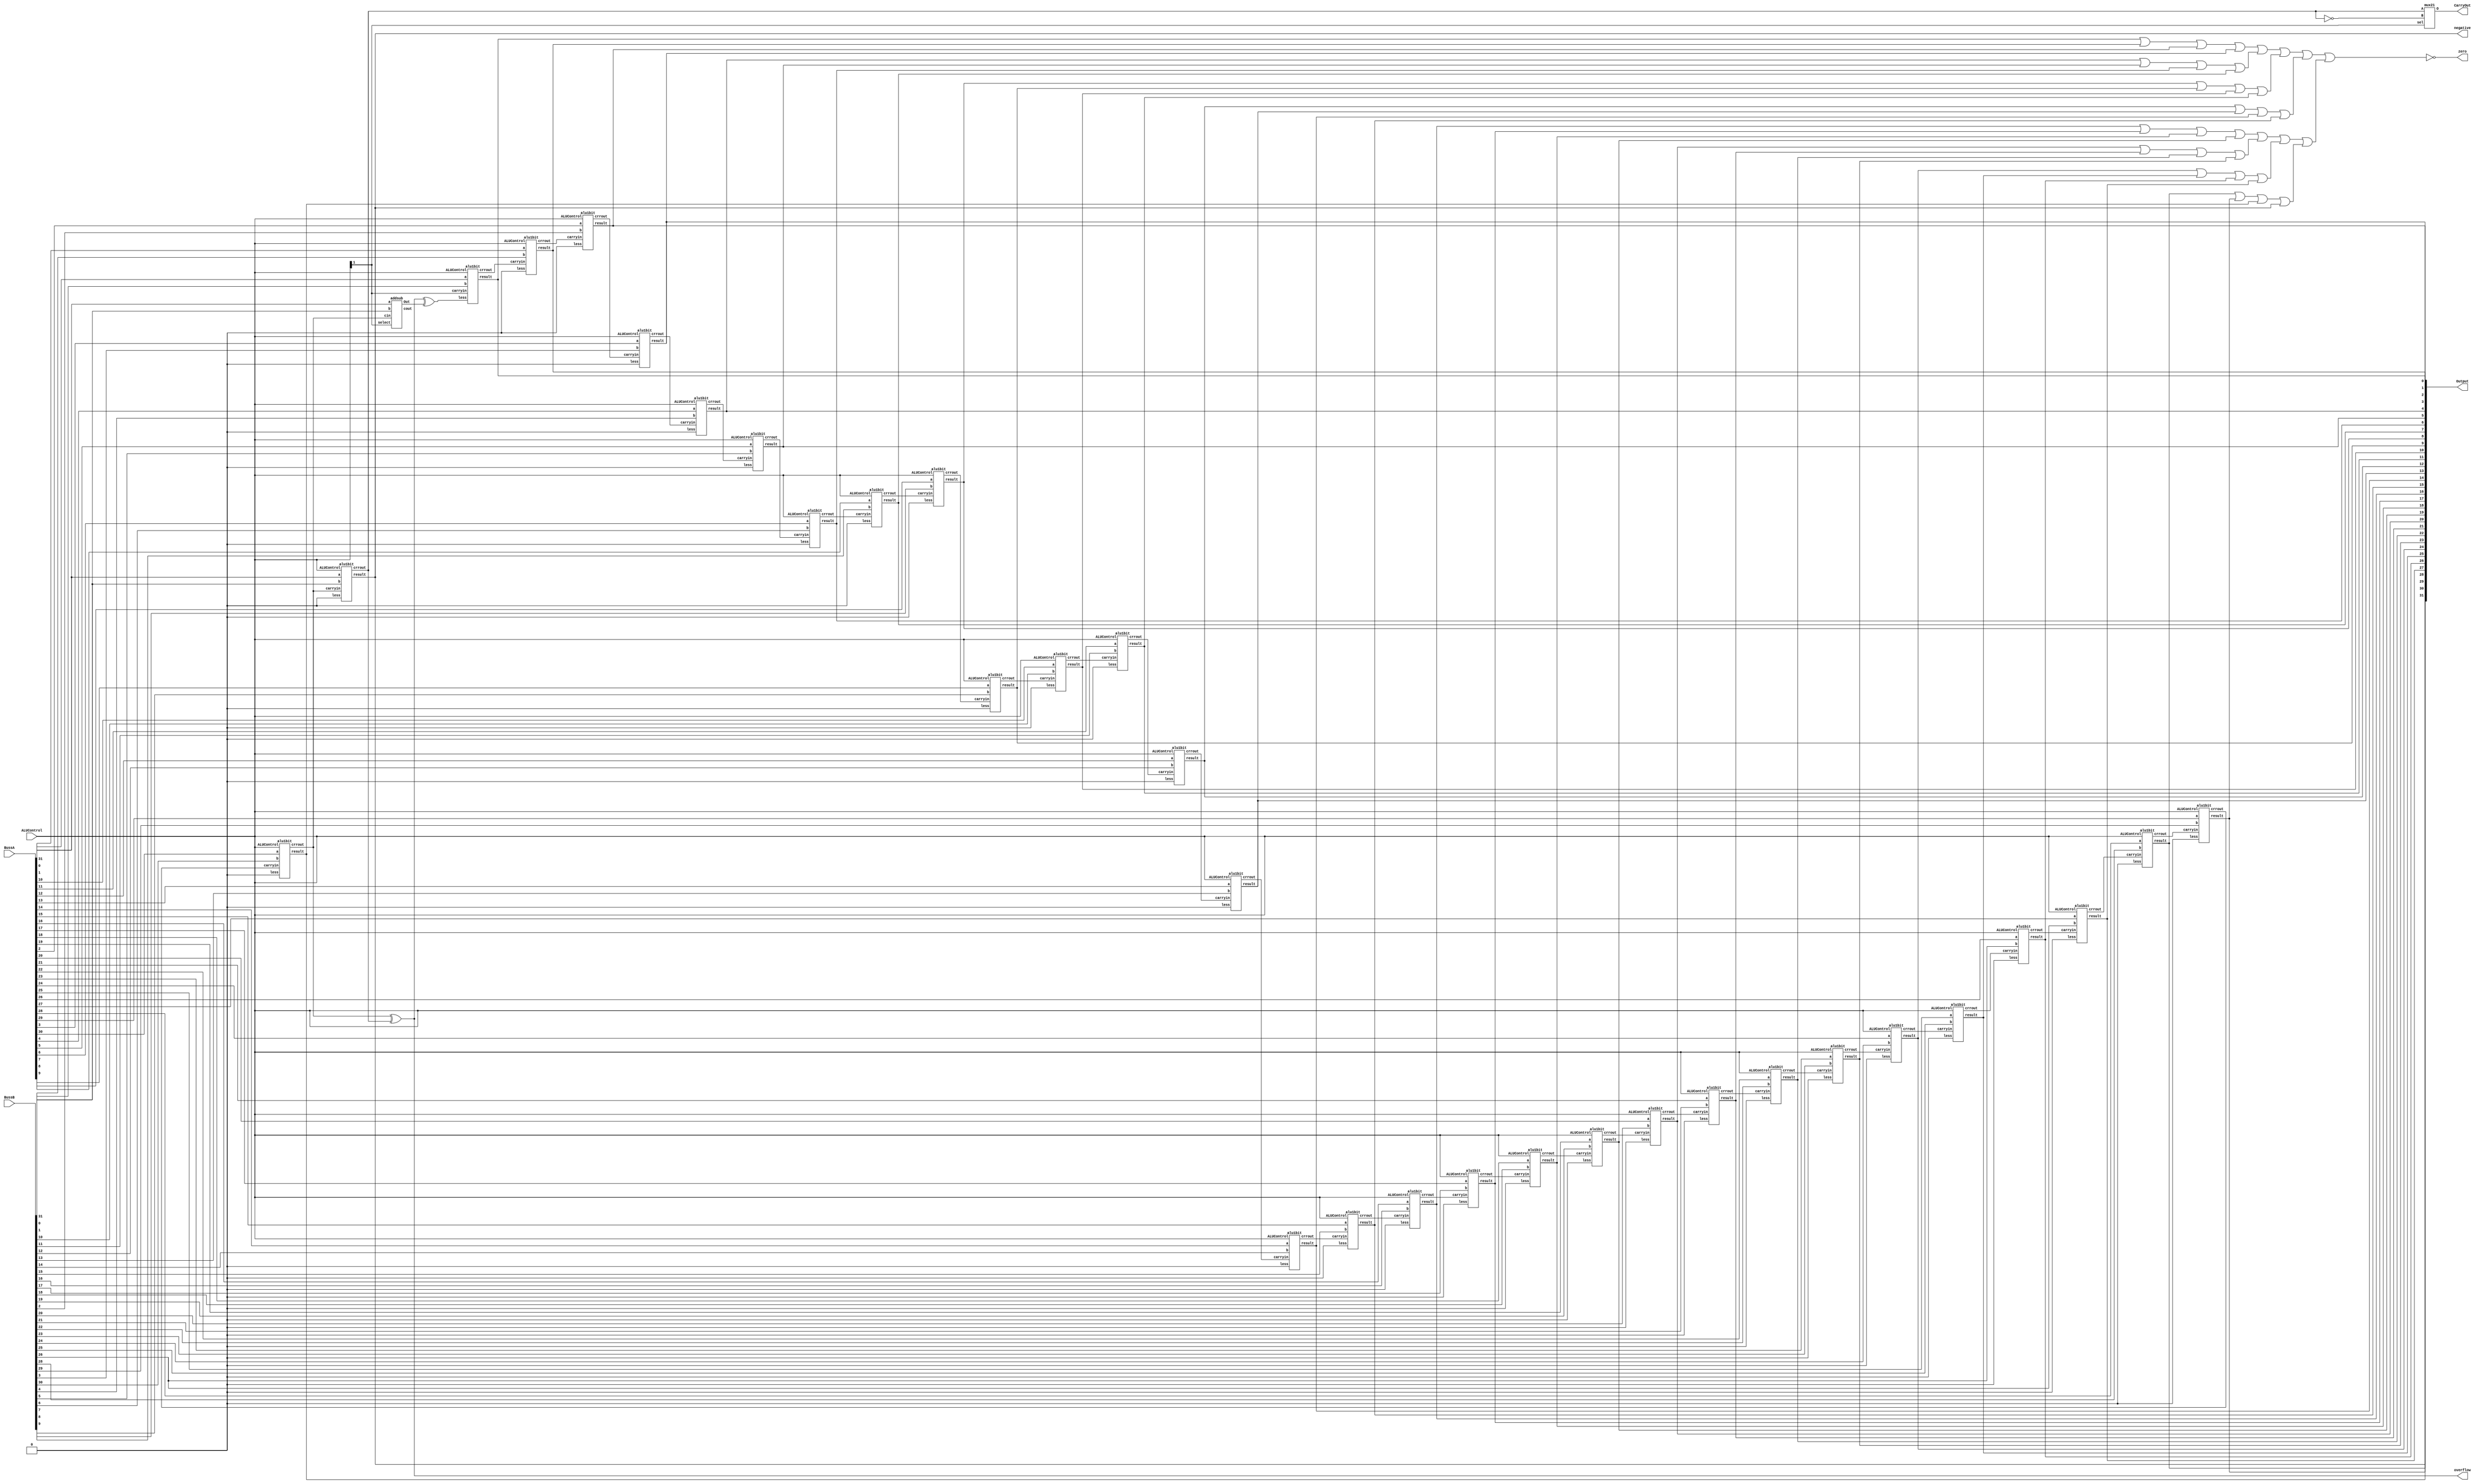
`timescale 1 ps / 100 fs
// FPGA projects, Verilog Projects, VHDL projects
// Verilog project: 32-bit 5-stage Pipelined MIPS Processor in Verilog 
// Verilog code for ALU
module alu(Output, CarryOut, zero, overflow, negative, BussA, BussB, ALUControl);
output CarryOut,overflow,negative,zero;
output [31:0] Output;
input [31:0] BussA,BussB;
input [1:0] ALUControl;
wire lessthan;
wire [31:0] crrout;

alu1bit alu0(Output[0],crrout[0],BussA[0],BussB[0],ALUControl[1],lessthan,ALUControl);
alu1bit alu1(Output[1],crrout[1],BussA[1],BussB[1],crrout[0],1'b0,ALUControl);
alu1bit alu2(Output[2],crrout[2],BussA[2],BussB[2],crrout[1],1'b0,ALUControl);
alu1bit alu3(Output[3],crrout[3],BussA[3],BussB[3],crrout[2],1'b0,ALUControl);
alu1bit alu4(Output[4],crrout[4],BussA[4],BussB[4],crrout[3],1'b0,ALUControl);
alu1bit alu5(Output[5],crrout[5],BussA[5],BussB[5],crrout[4],1'b0,ALUControl);
alu1bit alu6(Output[6],crrout[6],BussA[6],BussB[6],crrout[5],1'b0,ALUControl);
alu1bit alu7(Output[7],crrout[7],BussA[7],BussB[7],crrout[6],1'b0,ALUControl);
alu1bit alu8(Output[8],crrout[8],BussA[8],BussB[8],crrout[7],1'b0,ALUControl);
alu1bit alu9(Output[9],crrout[9],BussA[9],BussB[9],crrout[8],1'b0,ALUControl);
alu1bit alu10(Output[10],crrout[10],BussA[10],BussB[10],crrout[9],1'b0,ALUControl);
alu1bit alu11(Output[11],crrout[11],BussA[11],BussB[11],crrout[10],1'b0,ALUControl);
alu1bit alu12(Output[12],crrout[12],BussA[12],BussB[12],crrout[11],1'b0,ALUControl);
alu1bit alu13(Output[13],crrout[13],BussA[13],BussB[13],crrout[12],1'b0,ALUControl);
alu1bit alu14(Output[14],crrout[14],BussA[14],BussB[14],crrout[13],1'b0,ALUControl);
alu1bit alu15(Output[15],crrout[15],BussA[15],BussB[15],crrout[14],1'b0,ALUControl);
alu1bit alu16(Output[16],crrout[16],BussA[16],BussB[16],crrout[15],1'b0,ALUControl);
alu1bit alu17(Output[17],crrout[17],BussA[17],BussB[17],crrout[16],1'b0,ALUControl);
alu1bit alu18(Output[18],crrout[18],BussA[18],BussB[18],crrout[17],1'b0,ALUControl);
alu1bit alu19(Output[19],crrout[19],BussA[19],BussB[19],crrout[18],1'b0,ALUControl);
alu1bit alu20(Output[20],crrout[20],BussA[20],BussB[20],crrout[19],1'b0,ALUControl);
alu1bit alu21(Output[21],crrout[21],BussA[21],BussB[21],crrout[20],1'b0,ALUControl);
alu1bit alu22(Output[22],crrout[22],BussA[22],BussB[22],crrout[21],1'b0,ALUControl);
alu1bit alu23(Output[23],crrout[23],BussA[23],BussB[23],crrout[22],1'b0,ALUControl);
alu1bit alu24(Output[24],crrout[24],BussA[24],BussB[24],crrout[23],1'b0,ALUControl);
alu1bit alu25(Output[25],crrout[25],BussA[25],BussB[25],crrout[24],1'b0,ALUControl);
alu1bit alu26(Output[26],crrout[26],BussA[26],BussB[26],crrout[25],1'b0,ALUControl);
alu1bit alu27(Output[27],crrout[27],BussA[27],BussB[26],crrout[26],1'b0,ALUControl);
alu1bit alu28(Output[28],crrout[28],BussA[28],BussB[28],crrout[27],1'b0,ALUControl);
alu1bit alu29(Output[29],crrout[29],BussA[29],BussB[29],crrout[28],1'b0,ALUControl);
alu1bit alu30(Output[30],crrout[30],BussA[30],BussB[30],crrout[29],1'b0,ALUControl);
alu1bit alu31(Output[31],crrout[31],BussA[31],BussB[31],crrout[30],1'b0,ALUControl);
not #(50) notcarry(notcr31,crrout[31]);
// Carryout = Not carry out 31 if it is subtraction
mux21 muxcarry31(CarryOut,crrout[31],notcr31,ALUControl[1]);
xor #(50) xor5(overflow,crrout[30],crrout[31]);
// SLT
addsub add2(addsub31Out,crrout31,BussA[31],BussB[31],crrout[30],ALUControl[1]);
xor #(50) xor6(lessthan,overflow,addsub31Out);
assign negative = Output[31];
or #(50) or1(o1,Output[0],Output[1],Output[2],Output[3]);
or #(50) or2(o2,Output[4],Output[5],Output[6],Output[7]);
or #(50) or3(o3,Output[8],Output[9],Output[10],Output[11]);
or #(50) or4(o4,Output[12],Output[13],Output[14],Output[15]);
or #(50) or5(o5,Output[16],Output[17],Output[18],Output[19]);
or #(50) or6(o6,Output[20],Output[21],Output[22],Output[23]);
or #(50) or7(o7,Output[24],Output[25],Output[26],Output[27]);
or #(50) or8(o8,Output[28],Output[29],Output[30],Output[31]);
or #(50) or9(o9,o1,o2,o3,o4);
or #(50) or10(o10,o5,o6,o7,o8);
nor #(50) nor1(zero,o9,o10);
endmodule
`timescale 1 ps / 100 fs
module alu1bit(result,crrout,a,b,carryin,less,ALUControl);
output result,crrout;
input a,b,carryin,less;
input [1:0] ALUControl;
addsub add1(addsubOut,crrout,a,b,carryin,ALUControl[1]);
xor #(50) xor1(xorOut,a,b);
mux21 mux2(xorlessOut,xorOut,less,ALUControl[1]);
mux21 mux3(result,addsubOut,xorlessOut,ALUControl[0]);
endmodule

`timescale 1 ps / 100 fs
module addsub(Out,cout,a,b,cin,select);
input a,b,cin,select;
output Out,cout; // the result and carry out
not #(50) not1(notb,b);
mux21 mux1(b1,b,notb,select);

adder adder1(Out,cout,a,b1,cin);
endmodule

`timescale 1 ps / 100 fs
module adder(sum,cout,a,b,cin);
input   a,b,cin;
output  cout,sum;
// sum = a xor b xor cin
xor #(50) (sum,a,b,cin);
// carry out = a.b + cin.(a+b)
and #(50) and1(c1,a,b);
or #(50) or1(c2,a,b);
and #(50) and2(c3,c2,cin);
or #(50) or2(cout,c1,c3);
endmodule 

`timescale 1 ps / 100 fs
module mux21(O,A,B,sel);
// sel = 0 thi O = A
// sel = 1 thi O =B
output O;
input A,B,sel;
not #(50) not1(nsel,sel);
and #(50) and1(O1,A,nsel); 
and #(50) and2(O2,B,sel);
or #(50) or2(O,O1,O2);
endmodule